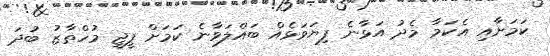
ކަމަށާއި އެކަމާ މެދު އަޅާނެ ފިޔަވަޅެއް ބައްލަވާނެ ކަމަށް ޕީޖީ މުހްތާޒު ބުދަ